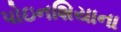
પોઇનશિયાના